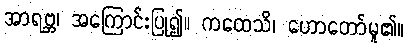
အာရဗ္ဘ၊ အကြောင်းပြု၍။ ကထေသိ၊ ဟောတော်မူ၏။